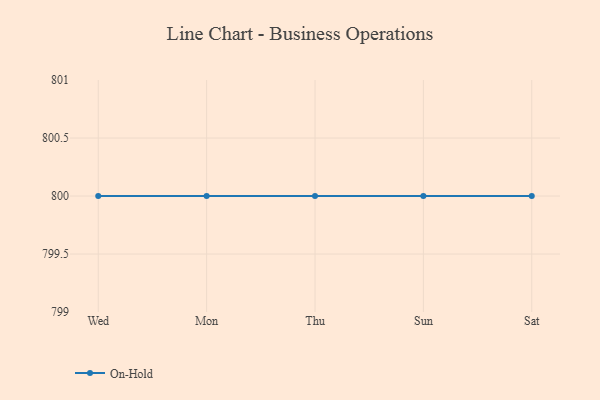
{"axis": {"x": "Day", "y": "Headcount"}, "legend": ["On-Hold"], "data": [{"x": "Wed", "y": 800, "type": "On-Hold"}, {"x": "Mon", "y": 800, "type": "On-Hold"}, {"x": "Thu", "y": 800, "type": "On-Hold"}, {"x": "Sun", "y": 800, "type": "On-Hold"}, {"x": "Sat", "y": 800, "type": "On-Hold"}]}